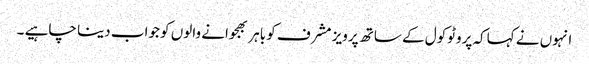
انہوں نے کہاکہ پروٹوکول کے ساتھ پرویز مشرف کو باہر بھجوانے والوں کو جواب دینا چاہیے ۔